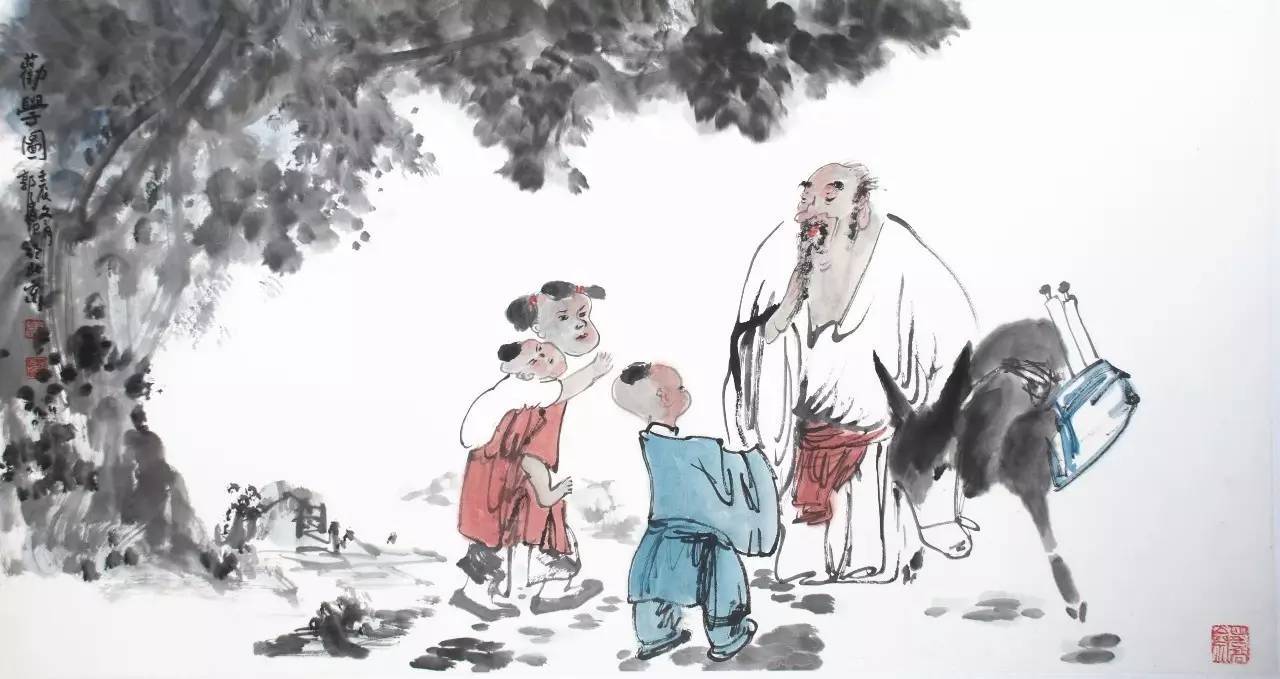
强自取柱，柔自取束。